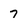
Character: 7